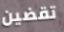
تقضين